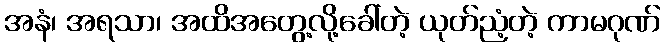
အနံ၊ အရသာ၊ အထိအတွေ့လို့ခေါ်တဲ့ ယုတ်ညံ့တဲ့ ကာမဂုဏ်